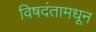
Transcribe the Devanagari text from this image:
विषदंतामधून